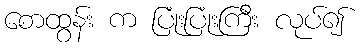
စောထွန်း က ပြုံးပြုံးကြီး လုပ်၍